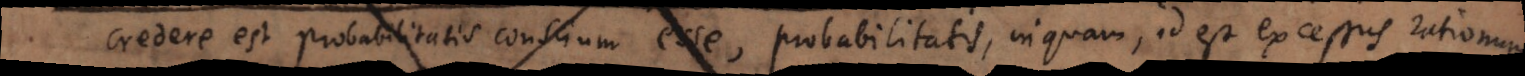
Credere est probabilitatis conscium esse, probabilitatis, inquam, id est excessus rationum